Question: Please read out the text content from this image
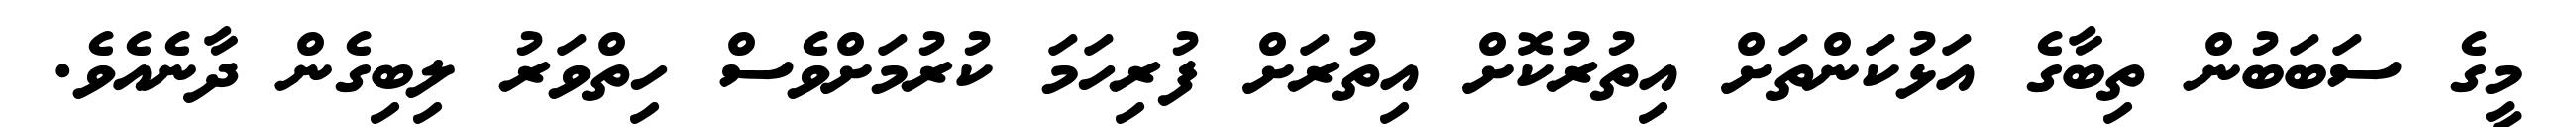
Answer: މީގެ ސަބަބުން ތިބާގެ އަޅުކަންތަށް އިތުރުކޮށް އިތުރަށް ފުރިހަމަ ކުރުމަށްވެސް ހިތްވަރު ލިބިގެން ދާނެއެވެ.